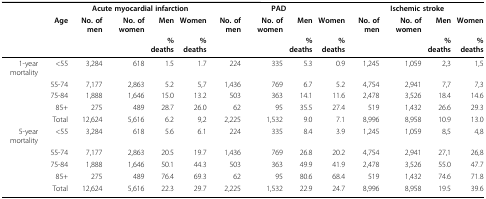
<table><thead><tr><td></td><td></td><td colspan="4"><b>Acute myocardial infarction</b></td><td colspan="4"><b>PAD</b></td><td colspan="4"><b>Ischemic stroke</b></td></tr><tr><td></td><td><b>Age</b></td><td><b>No. of men</b></td><td><b>No. of women</b></td><td><b>Men</b></td><td><b>Women</b></td><td><b>No. of men</b></td><td><b>No. of women</b></td><td><b>Men</b></td><td><b>Women</b></td><td><b>No. of men</b></td><td><b>No. of women</b></td><td><b>Men</b></td><td><b>Women</b></td></tr><tr><td></td><td></td><td></td><td></td><td><b>% deaths</b></td><td><b>% deaths</b></td><td></td><td></td><td><b>% deaths</b></td><td><b>% deaths</b></td><td></td><td></td><td><b>% deaths</b></td><td><b>% deaths</b></td></tr></thead><tbody><tr><td>1-year mortality</td><td>&lt; 55</td><td>3,284</td><td>618</td><td>1.5</td><td>1.7</td><td>224</td><td>335</td><td>5.3</td><td>0.9</td><td>1,245</td><td>1,059</td><td>2,3</td><td>1,5</td></tr><tr><td></td><td>55-74</td><td>7,177</td><td>2,863</td><td>5.2</td><td>5,7</td><td>1,436</td><td>769</td><td>6.7</td><td>5.2</td><td>4,754</td><td>2,941</td><td>7,7</td><td>7,3</td></tr><tr><td></td><td>75-84</td><td>1,888</td><td>1,646</td><td>15.0</td><td>13.2</td><td>503</td><td>363</td><td>14.1</td><td>11.6</td><td>2,478</td><td>3,526</td><td>18.4</td><td>14.6</td></tr><tr><td></td><td>85+</td><td>275</td><td>489</td><td>28.7</td><td>26.0</td><td>62</td><td>95</td><td>35.5</td><td>27.4</td><td>519</td><td>1,432</td><td>26.6</td><td>29.3</td></tr><tr><td></td><td>Total</td><td>12,624</td><td>5,616</td><td>6.2</td><td>9,2</td><td>2,225</td><td>1,532</td><td>9.0</td><td>7.1</td><td>8,996</td><td>8,958</td><td>10.9</td><td>13.0</td></tr><tr><td>5-year mortality</td><td>&lt; 55</td><td>3,284</td><td>618</td><td>5.6</td><td>6.1</td><td>224</td><td>335</td><td>8.4</td><td>3.9</td><td>1,245</td><td>1,059</td><td>8,5</td><td>4,8</td></tr><tr><td></td><td>55-74</td><td>7,177</td><td>2,863</td><td>20.5</td><td>19.7</td><td>1,436</td><td>769</td><td>26.8</td><td>20.2</td><td>4,754</td><td>2,941</td><td>27,1</td><td>26,8</td></tr><tr><td></td><td>75-84</td><td>1,888</td><td>1,646</td><td>50.1</td><td>44.3</td><td>503</td><td>363</td><td>49.9</td><td>41.9</td><td>2,478</td><td>3,526</td><td>55.0</td><td>47.7</td></tr><tr><td></td><td>85+</td><td>275</td><td>489</td><td>76.4</td><td>69.3</td><td>62</td><td>95</td><td>80.6</td><td>68.4</td><td>519</td><td>1,432</td><td>74.6</td><td>71.8</td></tr><tr><td></td><td>Total</td><td>12,624</td><td>5,616</td><td>22.3</td><td>29.7</td><td>2,225</td><td>1,532</td><td>22.9</td><td>24.7</td><td>8,996</td><td>8,958</td><td>19.5</td><td>39.6</td></tr></tbody></table>